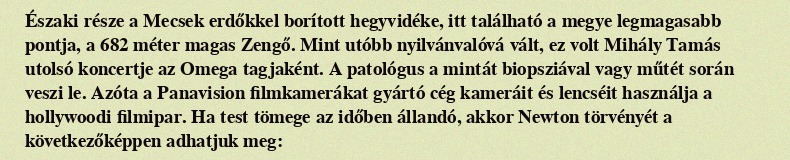
Északi része a Mecsek erdőkkel borított hegyvidéke, itt található a megye legmagasabb pontja, a 682 méter magas Zengő. Mint utóbb nyilvánvalóvá vált, ez volt Mihály Tamás utolsó koncertje az Omega tagjaként. A patológus a mintát biopsziával vagy műtét során veszi le. Azóta a Panavision filmkamerákat gyártó cég kameráit és lencséit használja a hollywoodi filmipar. Ha test tömege az időben állandó, akkor Newton törvényét a következőképpen adhatjuk meg: